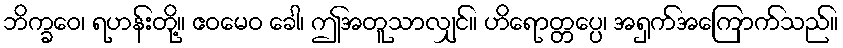
ဘိက္ခဝေ၊ ရဟန်းတို့။ ဧဝမေဝ ခေါ၊ ဤအတူသာလျှင်။ ဟိရောတ္တပ္ပေ၊ အရှက်အကြောက်သည်။